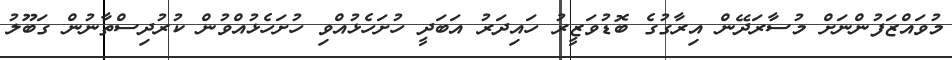
މުވައްޒަފުންނަށް މުސާރަދޭން އިރާގުގެ ބޮޑުވަޒީރު ހައިދަރު އަބަދީ ހުށަހެޅުއްވި ހުށަހެޅުއްވުން ކުރުދިސްތާނުން ގަބޫލު